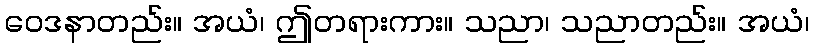
ဝေဒနာတည်း။ အယံ၊ ဤတရားကား။ သညာ၊ သညာတည်း။ အယံ၊